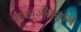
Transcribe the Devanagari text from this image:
कापुज़ीनरबर्ग